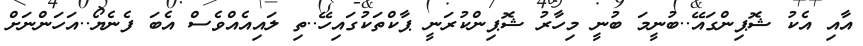
އާއި އެކު ޝޮޕިންގައޭ..ބުނީމަ ބުނީ މިހާރު ޝޮޕިންކުރަނީ ޕާކްތަކުގައިހޭ..ތި ލައިއެއްވެސް އެބަ ފެނެޔޯ..އަހަންނަށް